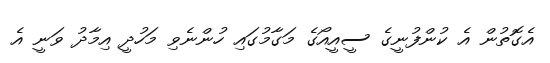
އެގޮތުން އެ ކުންފުނީގެ ސީއީއޯގެ މަގާމުގައި ހުންނެވި މަހުދީ އިމާދު ވަނީ އެ